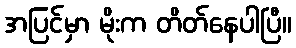
အပြင်မှာ မိုးက တိတ်နေပါပြီ။